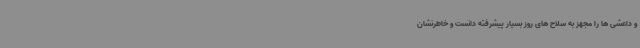
و داعشی ها را مجهز به سلاح های روز بسیار پیشرفته دانست و خاطرنشان